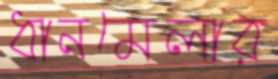
ধানমেলার